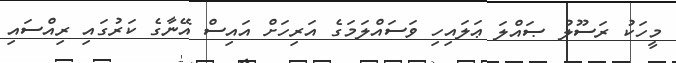
މީހަކު ރަސޫލު ޞައްލަ ޢަލައިހި ވަސައްލަމަގެ އަރިހަށް އައިސް އޭނާގެ ކަރުގައި ރިއްސައި